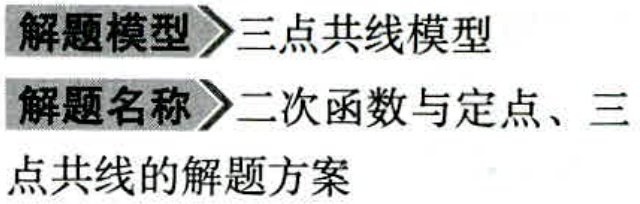
解题模型\rightarrow 三点共线模型
解题名称\rightarrow 二次函数与定点、三
点共线的解题方案